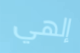
إلهي